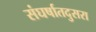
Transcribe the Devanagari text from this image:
संघर्षातदुसरा